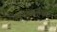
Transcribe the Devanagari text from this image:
सुराक्षत्मक